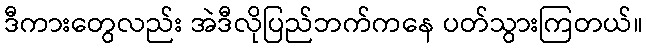
ဒီကားတွေလည်း အဲဒီလိုပြည်ဘက်ကနေ ပတ်သွားကြတယ်။